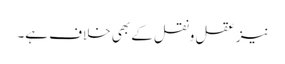
نیز عقل ونقل کے بھی خلاف ہے۔